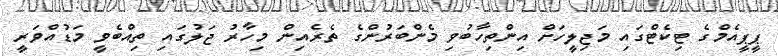
ޕީޕީއެމްގެ ޓިކެޓްގައި މަޖިލީހަށް އިންތިހާބުވި މެންބަރުންގެ ތެރެއިން މިހާރު ޖަލުގައި ތިއްބެވީ މަޑުއްވަރީ